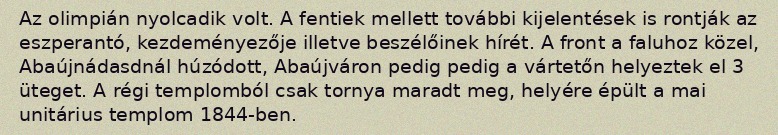
Az olimpián nyolcadik volt. A fentiek mellett további kijelentések is rontják az eszperantó, kezdeményezője illetve beszélőinek hírét. A front a faluhoz közel, Abaújnádasdnál húzódott, Abaújváron pedig pedig a vártetőn helyeztek el 3 üteget. A régi templomból csak tornya maradt meg, helyére épült a mai unitárius templom 1844-ben.